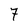
Character: 7